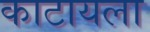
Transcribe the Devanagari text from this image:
काटायला